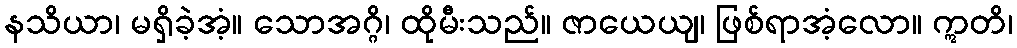
နသိယာ၊ မရှိခဲ့အံ့။ သောအဂ္ဂိ၊ ထိုမီးသည်။ ဇာယေယျ၊ ဖြစ်ရာအံ့လော။ ဣတိ၊